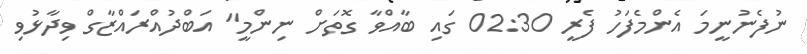
ނުފެނުނީމަ އެންމެފަހު ފެރީ 02:30 ގައި ބާއްވާ ގޮތަށް ނިންމީ" އަބްދުއްރައްޒާގް ވިދާޅުވި